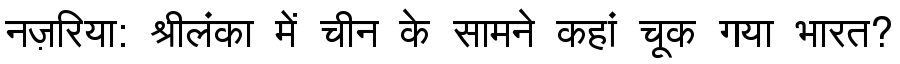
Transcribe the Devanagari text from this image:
नज़रिया: श्रीलंका में चीन के सामने कहां चूक गया भारत?